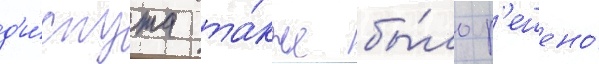
д'и́спута та́кже бы́ло р'ешено́